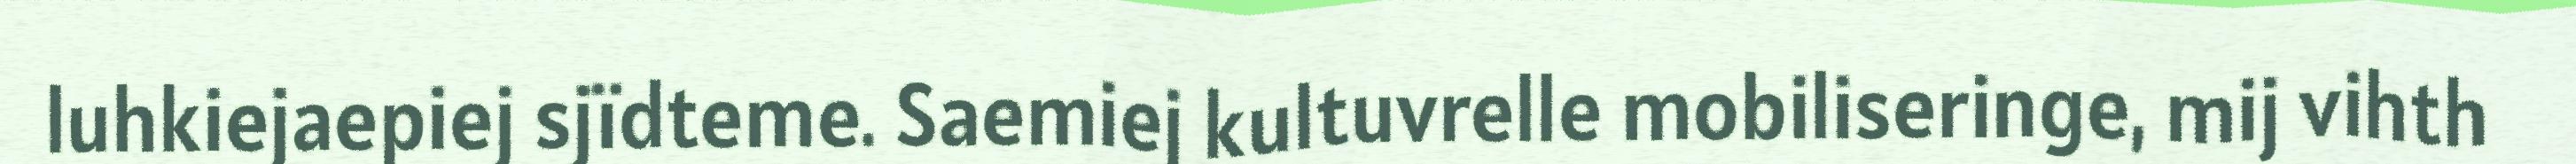
luhkiejaepiej sjïdteme. Saemiej kultuvrelle mobiliseringe, mij vihth